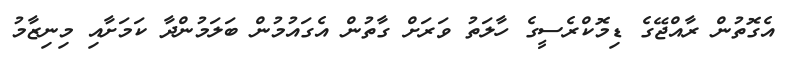
އެގޮތުން ރާއްޖޭގެ ޑިމޮކްރެސީގެ ހާލަތު ވަރަށް ގާތުން އެގައުމުން ބަލަމުންދާ ކަމަށާއި މިނިޒާމު